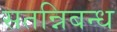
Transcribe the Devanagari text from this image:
सतन्निबन्ध